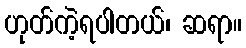
ဟုတ်ကဲ့ရပါတယ်၊ ဆရာ။